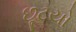
છૂટયો